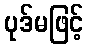
ပုဒ်မဖြင့်